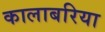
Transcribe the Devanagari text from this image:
कालाबरिया